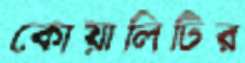
কোয়ালিটির